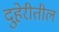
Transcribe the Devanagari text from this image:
दुहेरीतील